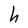
Character: h